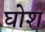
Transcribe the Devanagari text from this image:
घोश